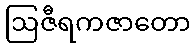
ဩဇီရကဇာတော